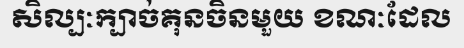
សិល្បៈក្បាច់គុនចិនមួយ ខណៈដែល